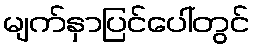
မျက်နှာပြင်ပေါ်တွင်